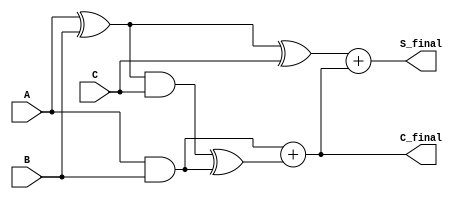
module CarrySaveAdder(
    input [31:0] A, // First operand
    input [31:0] B, // Second operand
    input [31:0] C, // Third operand
    output [31:0] S_final, // Final Sum output
    output [31:0] C_final // Final Carry output
);
    wire [31:0] S1, S2; // Partial sums
    wire [31:0] C1, C2; // Carries

    // Stage 1: Calculate S1 and C1
    assign S1 = A ^ B;             // Partial Sum from A and B
    assign C1 = A & B;             // Carry from A and B

    // Stage 2: Calculate S2 and C2
    assign S2 = S1 ^ C;            // Partial Sum from S1 and C
    assign C2 = (S1 & C) ^ C1;     // Carry from S1 with C and C1

    // Final Stage: Calculate C_final and S_final
    wire [31:0] C_temp; // Temporary carry to be added to S2
    assign C_temp = C1 + C2; // Final Carry Collection

    assign S_final = S2 + C_temp; // Final Sum Calculation
    assign C_final = C_temp; // Final Carry Output

endmodule